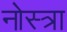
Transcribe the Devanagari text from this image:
नोस्त्रा